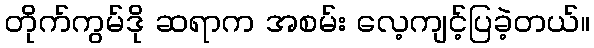
တိုက်ကွမ်ဒို ဆရာက အစမ်း လေ့ကျင့်ပြခဲ့တယ်။